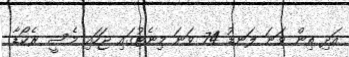
އަދި ތިން ވަނަ ލަނޑު 74 ވަނަ މިނެޓުގައި ޖަހައި މެސީ ރެކޯޑާ